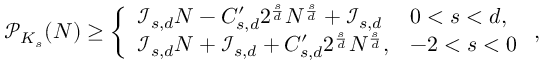
\mathcal { P } _ { K _ { s } } ( N ) \geq \left\{ \begin{array} { l l } { \mathcal { I } _ { s , d } N - C _ { s , d } ^ { \prime } 2 ^ { \frac { s } { d } } N ^ { \frac { s } { d } } + \mathcal { I } _ { s , d } } & { 0 < s < d , } \\ { \mathcal { I } _ { s , d } N + \mathcal { I } _ { s , d } + C _ { s , d } ^ { \prime } 2 ^ { \frac { s } { d } } N ^ { \frac { s } { d } } , } & { - 2 < s < 0 } \end{array} \right. ,